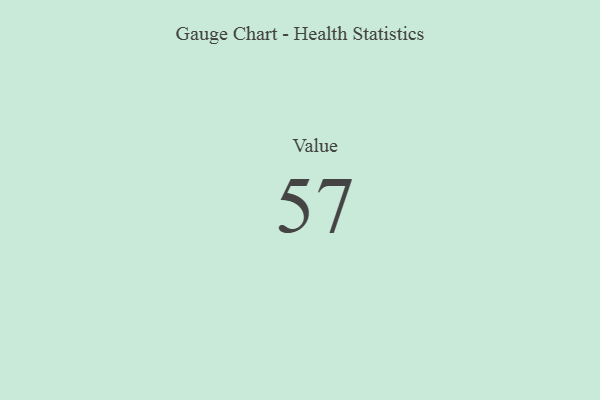
{"axis": {"x": "Metric", "y": "Value"}, "legend": [""], "data": [{"x": "Value", "y": 57, "type": ""}]}